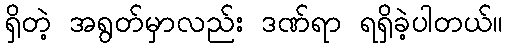
ရှိတဲ့ အရွတ်မှာလည်း ဒဏ်ရာ ရရှိခဲ့ပါတယ်။